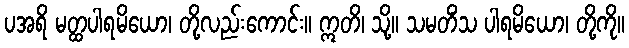
ပအရိ မတ္ထပါရမိယော၊ တို့လည်းကောင်း။ ဣတိ၊ သို့။ သမတိံသ ပါရမိယော၊ တို့ကို။